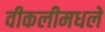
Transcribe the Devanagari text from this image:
वीकलीमधले